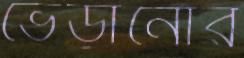
ভেড়ানোর